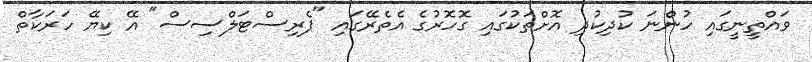
ވައްތީނީގައި ހުންނަ ކުދިކުދި އޮށްތަކުގައި ގޮހޮރުގެ އެތެރޭގައި "ޕެރިސްޓަލްސިސް" އޭ ކިޔޭ ހަރަކާތް